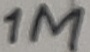
Text: 1M